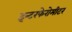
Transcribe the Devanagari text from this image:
इन्टरफेरोमीटर